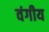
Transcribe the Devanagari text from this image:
वंगीय